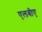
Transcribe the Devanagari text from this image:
एलबीए